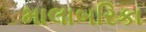
માલાબરિકા